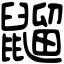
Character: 䶉